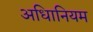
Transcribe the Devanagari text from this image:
अधिानियम